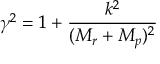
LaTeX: \gamma ^ { 2 } = 1 + \frac { k ^ { 2 } } { ( M _ { r } + M _ { p } ) ^ { 2 } }